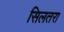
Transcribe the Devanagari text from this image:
सिलतरा